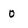
Character: 0